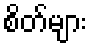
စိတ်များ